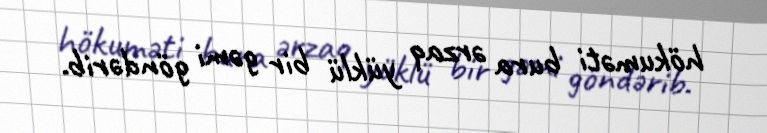
hökuməti bura ərzaq yüklü bir gəmi göndərib.